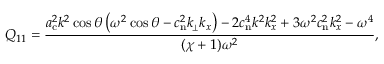
Q _ { 1 1 } = \frac { a _ { \mathrm { c } } ^ { 2 } k ^ { 2 } \cos \theta \left( \omega ^ { 2 } \cos \theta - c _ { \mathrm { n } } ^ { 2 } k _ { \scriptscriptstyle \! \perp } k _ { x } \right) - 2 c _ { \mathrm { n } } ^ { 4 } k ^ { 2 } k _ { x } ^ { 2 } + 3 \omega ^ { 2 } c _ { \mathrm { n } } ^ { 2 } k _ { x } ^ { 2 } - \omega ^ { 4 } } { ( \chi + 1 ) \omega ^ { 2 } } ,